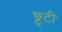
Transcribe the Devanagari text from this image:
छ्ट्टी